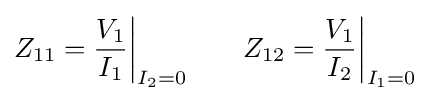
Z_{11}={V_{1} \over I_{1}}{\bigg |}_{I_{2}=0}\qquad Z_{12}={V_{1} \over I_{2}}{\bigg |}_{I_{1}=0}